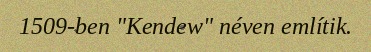
1509-ben "Kendew" néven említik.